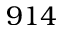
9 1 4